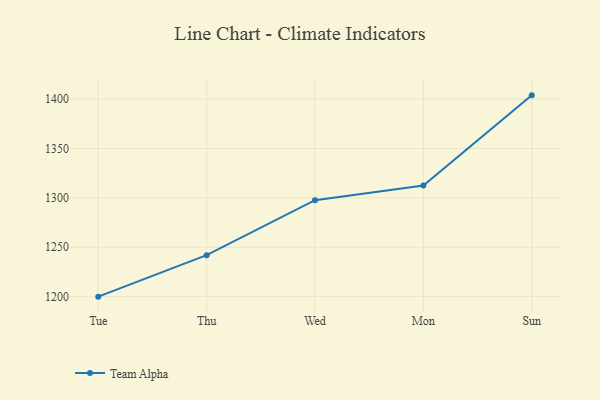
{"axis": {"x": "Day", "y": "Active Users"}, "legend": ["Team Alpha"], "data": [{"x": "Tue", "y": 1200.0, "type": "Team Alpha"}, {"x": "Thu", "y": 1242.0, "type": "Team Alpha"}, {"x": "Wed", "y": 1297.7, "type": "Team Alpha"}, {"x": "Mon", "y": 1312.5, "type": "Team Alpha"}, {"x": "Sun", "y": 1403.8, "type": "Team Alpha"}]}